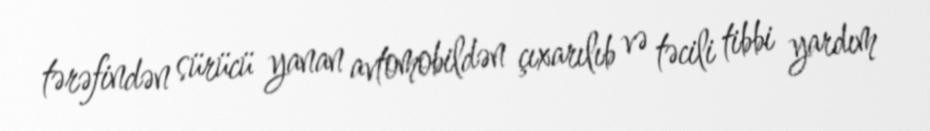
tərəfindən sürücü yanan avtomobildən çıxarılıb və təcili tibbi yardım